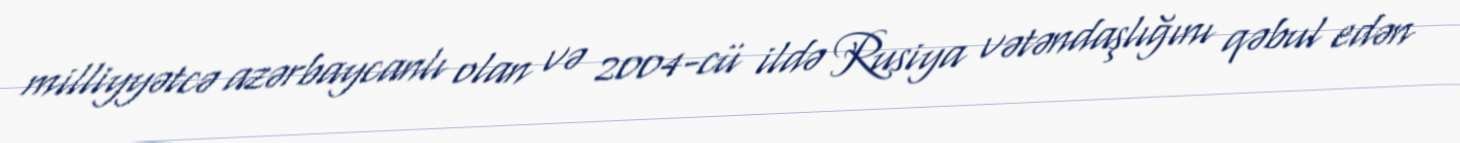
milliyyətcə azərbaycanlı olan və 2004-cü ildə Rusiya vətəndaşlığını qəbul edən